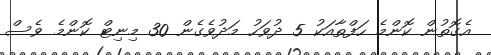
އެގޮތުން ކޮންމެ ހަފްތާއަކު 5 ދުވަހު މަދުވެގެން 30 މިނިޓް ކޮންމެ ވެސް